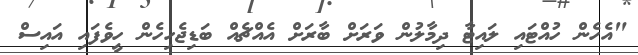
"އެހެން ހުއްޓައި ލައިޓާ ދިމާލުން ވަރަށް ބާރަށް އެއްޗެއް ބަޑިޖެހިހެން ހީވެފައި އައިސް